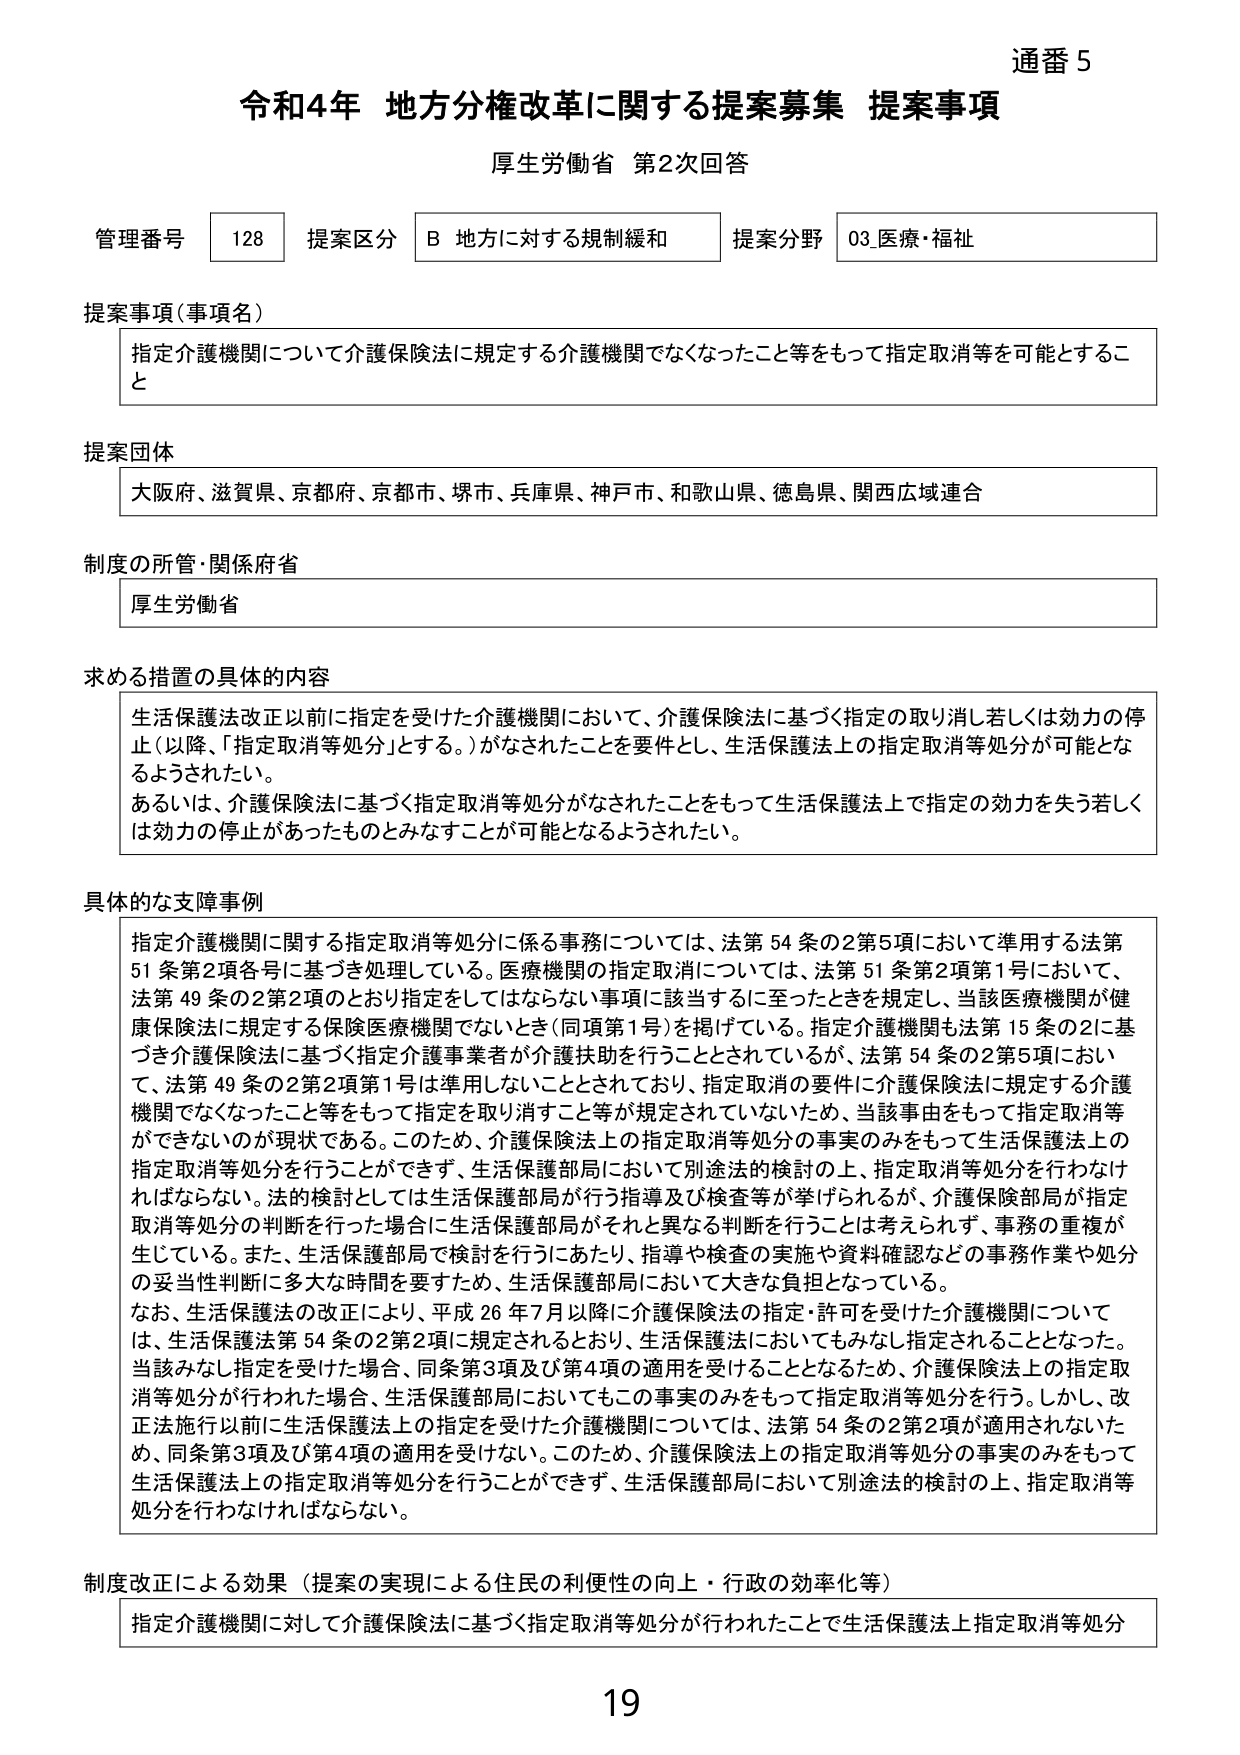
通番 5
令和4年 地方分権改革に関する提案募集 提案事項
厚生労働省 第2次回答

管理番号 128 提案区分 B 地方に対する規制緩和 提案分野 03.医療・福祉

提案事項（事項名）
指定介護機関について介護保険法に規定する介護機関でなくなったこと等をもって指定取消等を可能とすること

提案団体
大阪府、滋賀県、京都府、京都市、堺市、兵庫県、神戸市、和歌山県、徳島県、関西広域連合

制度の所管・関係府省
厚生労働省

求める措置の具体的内容
生活保護法改正以前に指定を受けた介護機関において、介護保険法に基づく指定の取り消し若しくは効力の停止（以降、「指定取消等処分」とする。）がなされたことを要件とし、生活保護法上の指定取消等処分が可能となるようされたい。
あるいは、介護保険法に基づく指定取消等処分がなされたことをもって生活保護法上で指定の効力を失う若しくは効力の停止があったものとみなすことが可能となるようされたい。

具体的な支障事例
指定介護機関に関する指定取消等処分に係る事務については、法第54条の2第5項において準用する法第51条第2項各号に基づき処理している。医療機関の指定取消については、法第51条第2項第1号において、法第49条の2第2項のとおり指定をしてはならない事項に該当するに至ったときを規定し、当該医療機関が健康保険法に規定する保険医療機関でないとき（同項第1号）を掲げている。指定介護機関も法第15条の2に基づき介護保険法に基づく指定介護事業者が介護扶助を行うこととされているが、法第54条の2第5項において、法第49条の2第2項第1号は準用しないこととされており、指定取消の要件に介護保険法に規定する介護機関でなくなったこと等をもって指定を取り消すこと等が規定されていないため、当該事由をもって指定取消等ができないのが現状である。このため、介護保険法上の指定取消等処分の事実のみをもって生活保護法上の指定取消等処分を行うことができず、生活保護部局において別途法的検討の上、指定取消等処分を行わなければならない。法的検討としては生活保護部局が行う指導及び検査等が挙げられるが、介護保険部局が指定取消等処分の判断を行った場合に生活保護部局がそれと異なる判断を行うことは考えられず、事務の重複が生じている。また、生活保護部局で検討を行うにあたり、指導や検査の実施や資料確認などの事務作業や処分の妥当性判断に多大な時間を要すため、生活保護部局において大きな負担となっている。
なお、生活保護法の改正により、平成26年7月以降に介護保険法の指定・許可を受けた介護機関については、生活保護法第54条の2第2項に規定されるとおり、生活保護法においてもみなし指定されることとなった。当該みなし指定を受けた場合、同条第3項及び第4項の適用を受けることとなるため、介護保険法上の指定取消等処分が行われた場合、生活保護部局においてもこの事実のみをもって指定取消等処分を行う。しかし、改正施行以前に生活保護法上の指定を受けた介護機関については、法第54条の2第2項が適用されないため、同条第3項及び第4項の適用を受けない。このため、介護保険法上の指定取消等処分の事実のみをもって生活保護法上の指定取消等処分を行うことができず、生活保護部局において別途法的検討の上、指定取消等処分を行わなければならない。

制度改正による効果（提案の実現による住民の利便性の向上・行政の効率化等）
指定介護機関に対して介護保険法に基づく指定取消等処分が行われたことで生活保護法上指定取消等処分

19